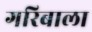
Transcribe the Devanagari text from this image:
गरिबाला